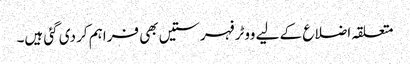
متعلقہ اضلاع کے لیے ووٹر فہرستیں بھی فراہم کر دی گئی ہیں۔